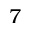
7